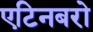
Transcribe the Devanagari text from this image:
एटिनबरो